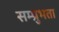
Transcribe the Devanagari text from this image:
सम्प्रुभता